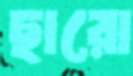
ছারো